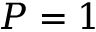
P = 1